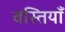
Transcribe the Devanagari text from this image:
वस्तियाँ